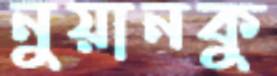
নুয়ানকু